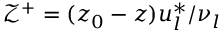
\mathcal { Z } ^ { + } = ( z _ { 0 } - z ) u _ { l } ^ { * } / \nu _ { l }